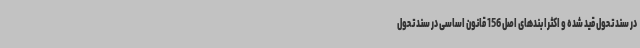
در سند تحول قید شده و اکثرا بندهای اصل 156 قانون اساسی در سند تحول